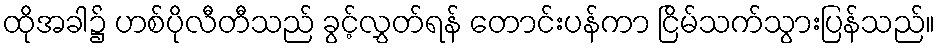
ထိုအခါ၌ ဟစ်ပိုလီတီသည် ခွင့်လွှတ်ရန် တောင်းပန်ကာ ငြိမ်သက်သွားပြန်သည်။